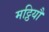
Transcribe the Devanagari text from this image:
मट्ठियौ